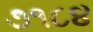
૭૧૮૪